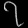
Digit: ၇